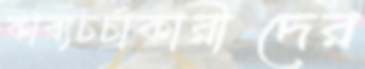
কাব্যচর্চাকারীদের